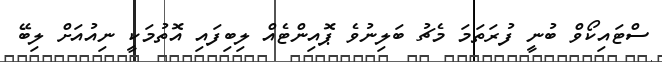
ސްޓައިކޯވް ބުނީ ފުރަތަމަ މެޗު ބަލިނުވެ ޕޮއިންޓެއް ލިބިފައި އޮތުމަކީ ނިއުއަށް ލިބޭ